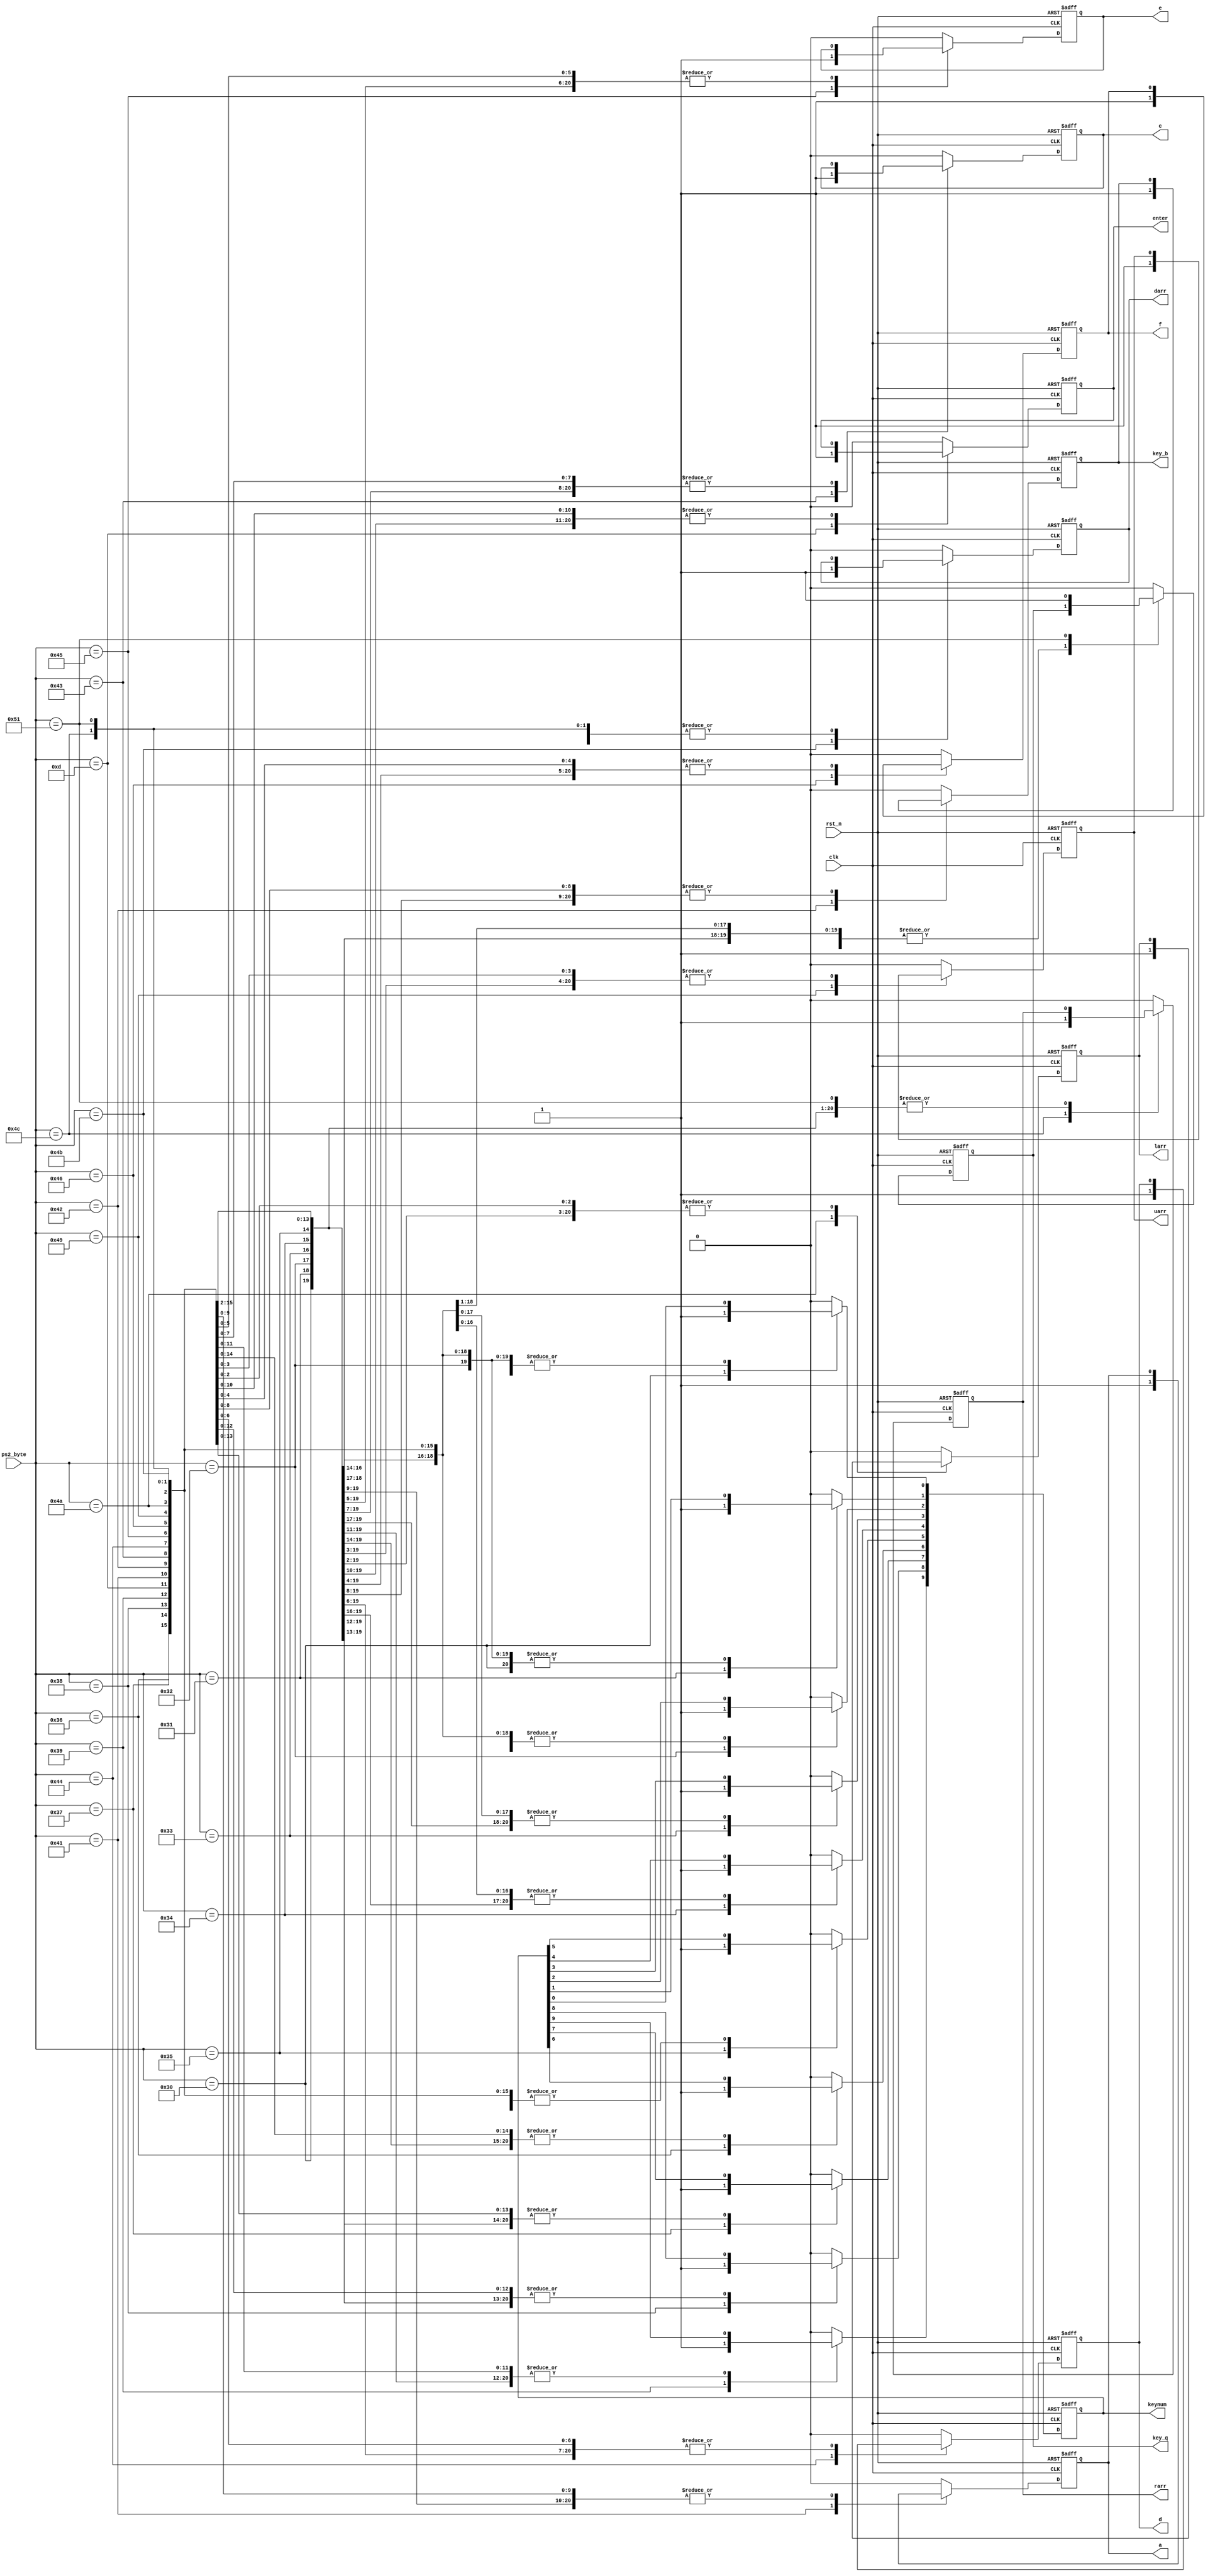
`timescale 1ns / 1ps
//////////////////////////////////////////////////////////////////////////////////
// Company: 
// Engineer: 
// 
// Design Name: 
// Module Name: ecd
// Project Name: 
// Target Devices: 
// Tool Versions: 
// Description: 
// 
// Dependencies: 
// 
// Revision:
// Revision 0.01 - File Created
// Additional Comments:
// 
//////////////////////////////////////////////////////////////////////////////////


module ecd(
    input clk,
    input rst_n,
    input [7:0] ps2_byte,
    output reg [9:0] keynum,
    output reg a,output reg key_b,output reg c,output reg d,output reg e,output reg f,output reg key_q,
    output reg larr, output reg rarr,output reg uarr,output reg darr,
    output reg enter
    );
always @(posedge clk or negedge rst_n) begin
    if(!rst_n)
    begin
        keynum[0]<= 1'b0;  // 0
		keynum[1]<= 1'b0;  // 1
		keynum[2]<= 1'b0; // 2
        keynum[3]<= 1'b0;  // 3
        keynum[4]<= 1'b0;  // 4
        keynum[5]<= 1'b0;  // 5
        keynum[6]<= 1'b0; // 6
        keynum[7]<= 1'b0;  // 7
        keynum[8]<= 1'b0;  // 8
        keynum[9]<= 1'b0;  // 9
        enter <= 1'b0 ;  // ENTER
        a <= 1'b0;	//A
     	key_b <= 1'b0;	//B
       	c <= 1'b0;	//C
        d <= 1'b0;	//D
        e <= 1'b0;	//E    
        f <= 1'b0;	//F
        uarr <= 1'b0;	//I
        larr <= 1'b0;	//J
		darr <= 1'b0;	//K
		rarr <= 1'b0;	//L
		key_q <= 1'b0;       // q
    end
    else case(ps2_byte)
        8'h30:  keynum[0]<= 1'b1;  // 0
		8'h31:  keynum[1]<= 1'b1;  // 1
		8'h32:  keynum[2]<= 1'b1; // 2
        8'h33:  keynum[3]<= 1'b1;  // 3
        8'h34:  keynum[4]<= 1'b1;  // 4
        8'h35:  keynum[5]<= 1'b1;  // 5
        8'h36:  keynum[6]<= 1'b1; // 6
        8'h37:  keynum[7]<= 1'b1;  // 7
        8'h38:  keynum[8]<= 1'b1;  // 8
        8'h39:  keynum[9]<= 1'b1;  // 9
        8'h0d:  enter <= 1'b1 ;  // ENTER
        8'h41:  a <= 1'b1;	//A
     	8'h42:  key_b <= 1'b1;	//B
       	8'h43:  c <= 1'b1;	//C
        8'h44:  d <= 1'b1;	//D
        8'h45:  e <= 1'b1;	//E    
        8'h46:  f <= 1'b1;	//F
        8'h49:  uarr <= 1'b1;	//uar
        8'h4a:  larr <= 1'b1;	//larr
		8'h4b:  darr <= 1'b1;	//darr
		8'h4c:  rarr <= 1'b1;	//rarr
		8'h51:  key_q <= 1'b1; //q
		default:
		begin
		keynum[0]<= 1'b0;  // 0
		keynum[1]<= 1'b0;  // 1
		keynum[2]<= 1'b0; // 2
        keynum[3]<= 1'b0;  // 3
        keynum[4]<= 1'b0;  // 4
        keynum[5]<= 1'b0;  // 5
        keynum[6]<= 1'b0; // 6
        keynum[7]<= 1'b0;  // 7
        keynum[8]<= 1'b0;  // 8
        keynum[9]<= 1'b0;  // 9
        enter <= 1'b0 ;  // ENTER
        a <= 1'b0;	//A
     	key_b <= 1'b0;	//B
       	c <= 1'b0;	//C
        d <= 1'b0;	//D
        e <= 1'b0;	//E    
        f <= 1'b0;	//F
        uarr <= 1'b0;	//I
        larr <= 1'b0;	//J
		darr <= 1'b0;	//K
		rarr <= 1'b0;	//L
		key_q <= 1'b0;      //q
		end
    endcase
end
endmodule